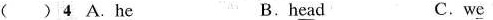
( ) 4 A.H\underline{e} B.h\underline{e}ad C.w\underline{e}